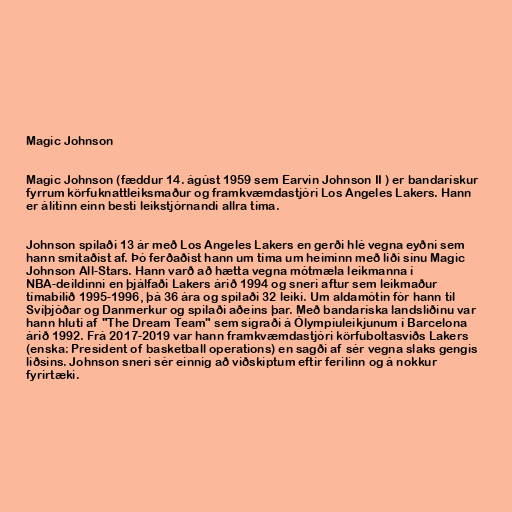
Magic Johnson

Magic Johnson (fæddur 14. ágúst 1959 sem Earvin Johnson II ) er bandarískur
fyrrum körfuknattleiksmaður og framkvæmdastjóri Los Angeles Lakers. Hann
er álitinn einn besti leikstjórnandi allra tíma.

Johnson spilaði 13 ár með Los Angeles Lakers en gerði hlé vegna eyðni sem
hann smitaðist af. Þó ferðaðist hann um tíma um heiminn með liði sínu Magic
Johnson All-Stars. Hann varð að hætta vegna mótmæla leikmanna í
NBA-deildinni en þjálfaði Lakers árið 1994 og sneri aftur sem leikmaður
tímabilið 1995-1996, þá 36 ára og spilaði 32 leiki. Um aldamótin fór hann til
Svíþjóðar og Danmerkur og spilaði aðeins þar. Með bandaríska landsliðinu var
hann hluti af "The Dream Team" sem sigraði á Ólympíuleikjunum í Barcelona
árið 1992. Frá 2017-2019 var hann framkvæmdastjóri körfuboltasviðs Lakers
(enska: President of basketball operations) en sagði af sér vegna slaks gengis
liðsins. Johnson sneri sér einnig að viðskiptum eftir ferilinn og á nokkur
fyrirtæki.